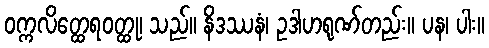
ဝက္ကလိတ္ထေရဝတ္ထု၊ သည်။ နိဒဿနံ၊ ဥဒါဟရုဏ်တည်း။ ပန၊ ပါး။